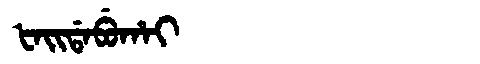
Manchu: ᡶᠠᡳᡩᠠᠪᡠᡥᠠᡳ
Romanization: FAIDABUHAI